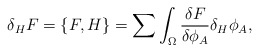
\begin{align*}\delta_H F=\{ F,H \} =\sum\int_{\Omega} {{\delta F} \over {\delta\phi_A}}\delta_H\phi_A,\end{align*}